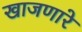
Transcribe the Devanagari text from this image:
खाजणारे